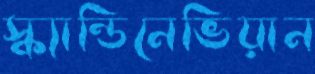
স্ক্যান্ডিনেভিয়ান